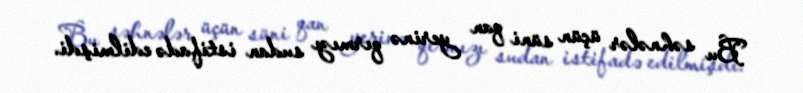
Bu səhnələr üçün süni qan yerinə qırmızı sudan istifadə edilmişdi.